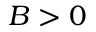
B > 0